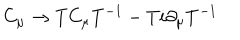
C _ { \mu } \rightarrow T C _ { \mu } T ^ { - 1 } - T i \partial _ { \mu } T ^ { - 1 }